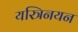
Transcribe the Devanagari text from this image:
यस्त्रिनयन